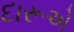
દારૂએ